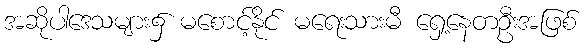
အဆိုပါဒေသများ၌ မစောင့်နိုင် မရေးသားမီ ရှေ့နေတဦးအဖြစ်